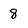
Character: 8